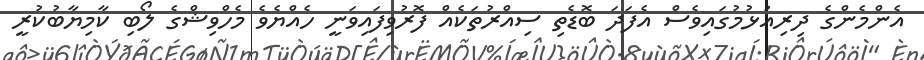
އެންމެންގެ ދިރިއުޅުމުގައިވެސް އެފަދަ ބޮޑެތި ސިއްރުތަކެއް ފޮރުވިފައިވަނީ ހެއްޔެވެ މެހްވިޝްގެ ލޯބި ކާމިޔާބުކުރީ